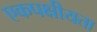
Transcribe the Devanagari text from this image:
एकपक्षीयता